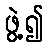
ဖွဲ့၍